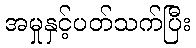
အမှုနှင့်ပတ်သက်ပြီး